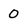
Character: 0